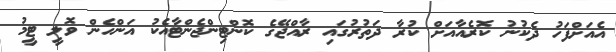
އެއަށްފަހު ދެކުނު ކޮރެއާއަށް ކުރާ ދަތުރުގައި ރާއްޖޭގެ ކޮންޓިންޖެންޓާއެކު އަންހެން ވޮލީ ޓީމު